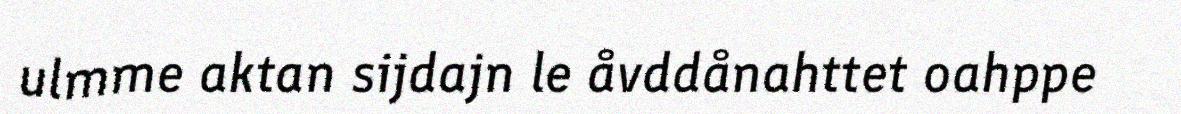
ulmme aktan sijdajn le åvddånahttet oahppe